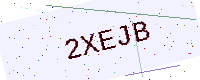
Text: 2XEJB